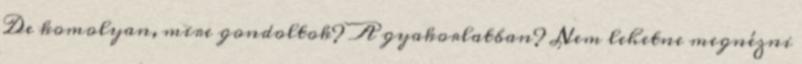
De komolyan, mire gondoltok? A gyakorlatban? Nem lehetne megnézni